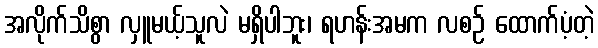
အလိုက်သိစွာ လှူမယ့်သူလဲ မရှိပါဘူး၊ ရဟန်းအမက လစဉ် ထောက်ပံ့တဲ့